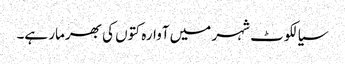
سیالکوٹ شہر میں آوارہ کتوں کی بھرمار ہے۔